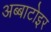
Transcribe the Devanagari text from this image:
अब्बाटोइर